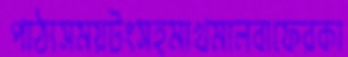
পাঠ্যসময়টংসহমাখমালবাফেরকা